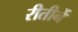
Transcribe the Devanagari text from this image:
रीतीर्ने